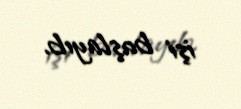
işi başlayıb.